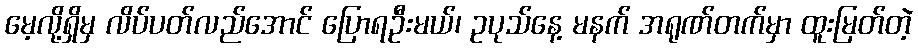
မေ့လို့ရှိမှ လိပ်ပတ်လည်အောင် ပြောရဦးမယ်၊ ဥပုသ်နေ့ မနက် အရုဏ်တက်မှာ ထူးမြတ်တဲ့